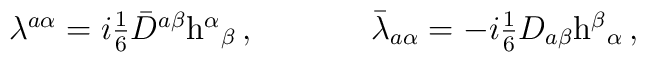
\begin{array}{cc}\lambda^{a\alpha}=i\textstyle{\frac{1}{6}}\bar{D}^{a\beta}{\rm h}^{\alpha}{}_{\beta}\,,~~~~&~~~~\bar{\lambda}_{a\alpha}=-i\textstyle{\frac{1}{6}}D_{a\beta}{\rm h}^{\beta}{}_{\alpha}\,,\end{array}